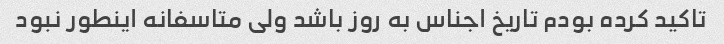
تاکید کرده بودم تاریخ اجناس به روز باشد ولی متاسفانه اینطور نبود